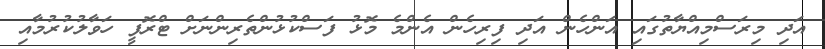
އަދި މިރަސްމިއްޔާތުގައި އަންހެން އަދި ފިރިހެން އެންމެ މޮޅު ފަސްކުޅުންތެރިންނަށް ޓްރޮފީ ހަވާލުކުރުމާއި